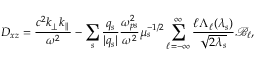
D _ { x z } = \frac { c ^ { 2 } k _ { \perp } k _ { \parallel } } { \omega ^ { 2 } } - \sum _ { s } \frac { q _ { s } } { | q _ { s } | } \frac { \omega _ { p s } ^ { 2 } } { \omega ^ { 2 } } \mu _ { s } ^ { - 1 / 2 } \sum _ { \ell = - \infty } ^ { \infty } \frac { \ell \Lambda _ { \ell } ( \lambda _ { s } ) } { \sqrt { 2 \lambda _ { s } } } \mathcal { B } _ { \ell } ,